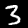
Label: 3